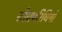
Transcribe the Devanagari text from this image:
शीघ्रपरिधियों